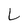
Character: L